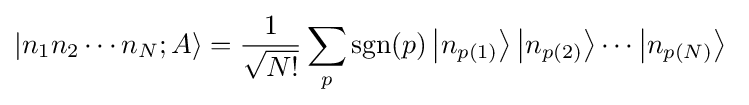
|n_{1}n_{2}\cdots n_{N};A\rangle ={\frac {1}{\sqrt {N!}}}\sum _{p}\operatorname {sgn} (p)\left|n_{p(1)}\right\rangle \left|n_{p(2)}\right\rangle \cdots \left|n_{p(N)}\right\rangle \